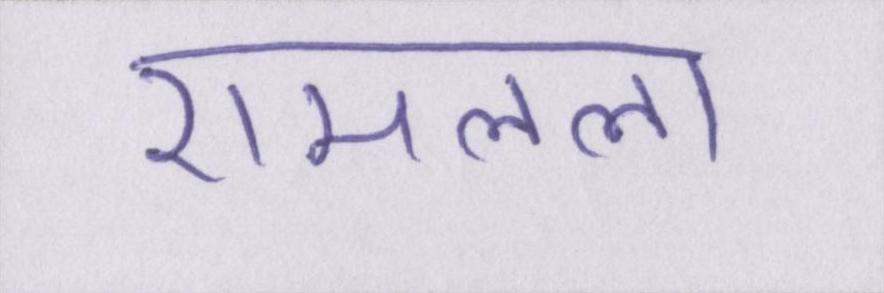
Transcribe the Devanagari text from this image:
रामलला